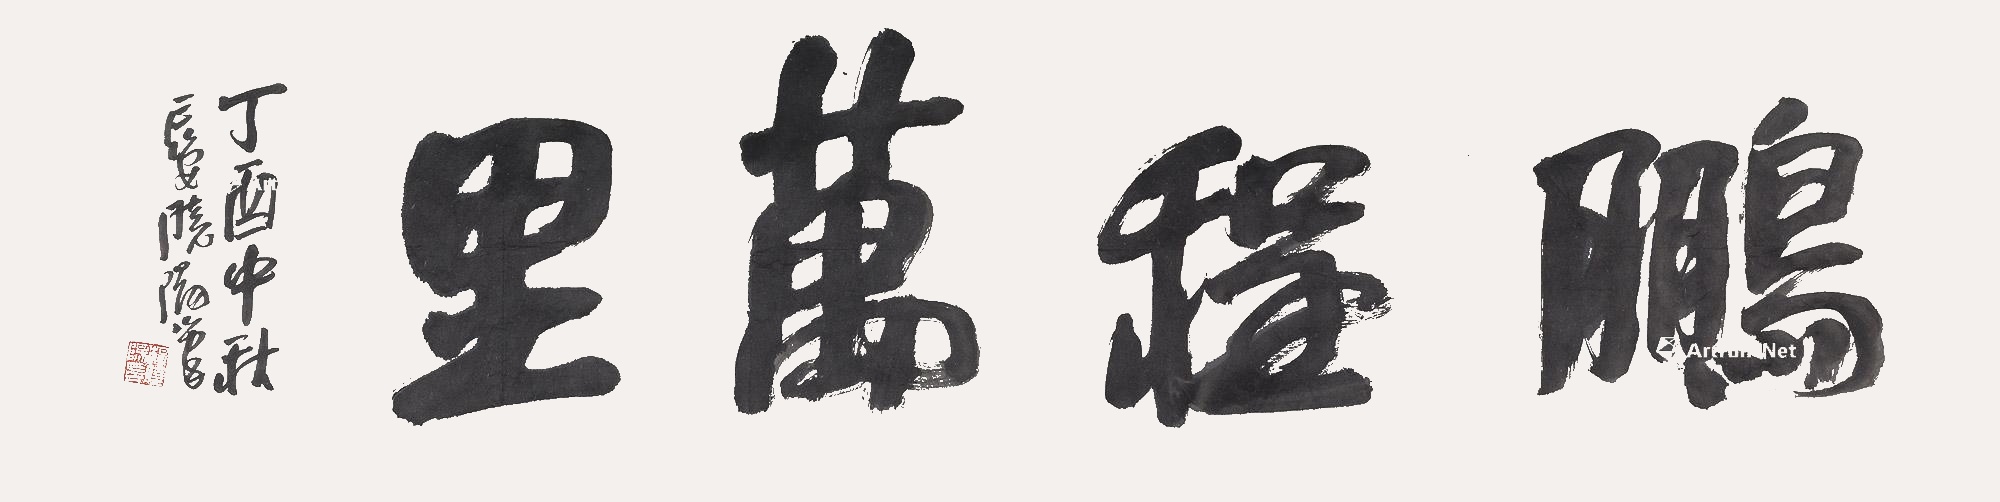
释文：鹏程万里。丁酉（2017年）中秋，西安晓阳书。